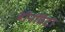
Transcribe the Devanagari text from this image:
बॉर्नविटा